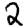
Digit: 2